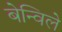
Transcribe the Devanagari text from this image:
बेन्विले